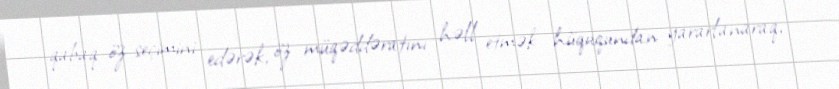
qabaq öz seçimini edərək, öz müqəddəratını həll etmək hüququndan yararlanaraq,